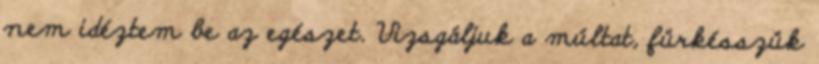
nem idéztem be az egészet. Vizsgáljuk a múltat, fürkésszük